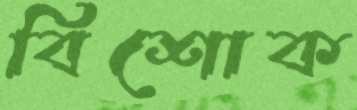
বিশোক